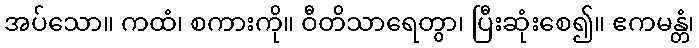
အပ်သော။ ကထံ၊ စကားကို။ ဝီတိသာရေတွာ၊ ပြီးဆုံးစေ၍။ ဧကမန္တံ၊